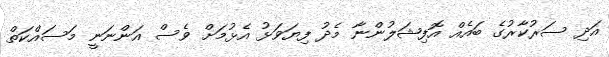
އަދި ސަރުކާރުގެ ބައެއް އޮފިޝަލުންނާ މެދު ފިޔަވަޅު އެޅުމަށް ވެސް އަންނަނީ މަސައްކަތް